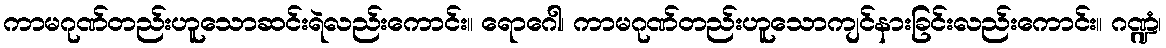
ကာမဂုဏ်တည်းဟူသောဆင်းရဲလည်းကောင်း။ ရောဂေါ၊ ကာမဂုဏ်တည်းဟူသောကျင်နားခြင်းလည်းကောင်း။ ဂဏ္ဍံ၊